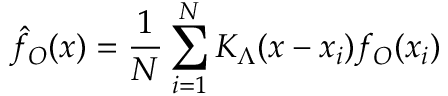
\hat { f } _ { O } ( x ) = \frac { 1 } { N } \sum _ { i = 1 } ^ { N } K _ { \Lambda } ( x - x _ { i } ) f _ { O } ( x _ { i } )